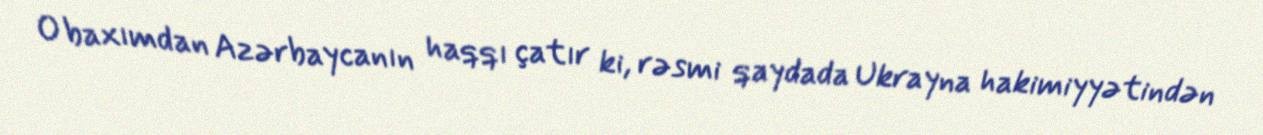
O baxımdan Azərbaycanın haqqı çatır ki, rəsmi qaydada Ukrayna hakimiyyətindən